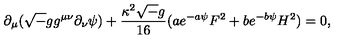
\partial _ { \mu } ( { \sqrt - g } g ^ { \mu \nu } \partial _ { \nu } \psi ) + { \frac { \kappa ^ { 2 } { \sqrt - g } } { 1 6 } } ( a e ^ { - a \psi } F ^ { 2 } + b e ^ { - b \psi } H ^ { 2 } ) = 0 ,